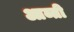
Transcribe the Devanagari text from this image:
आब्ती